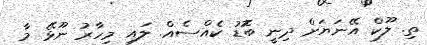
ތި. ލޫކް އޭނަޔަށް ދިނީ ބޮޮޑު ކެއްސެއް. ލައި މިހާރު ނޫޅޭ މާ